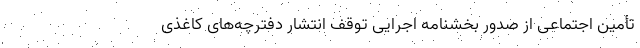
تأمین اجتماعی از صدور بخشنامه اجرایی توقف انتشار دفترچه‌های کاغذی